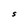
Character: S